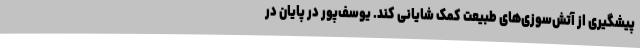
پیشگیری از آتش‌سوزی‌های طبیعت کمک شایانی کند. یوسف‌پور در پایان در